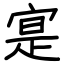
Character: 寔